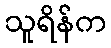
သူရိန်က